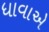
ધાવાએ